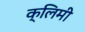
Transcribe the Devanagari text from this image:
क्लिमी